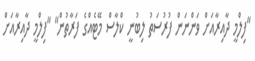
"ފިލްމީ ދާއިރާއަށް ވަންނަން ފުރުސަތު ލިބުނީ ކްލާސް މޭޓެއްގެ ފަރާތުން" "ފިލްމީ ދާއިރާއަށް